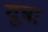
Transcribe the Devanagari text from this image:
युबा